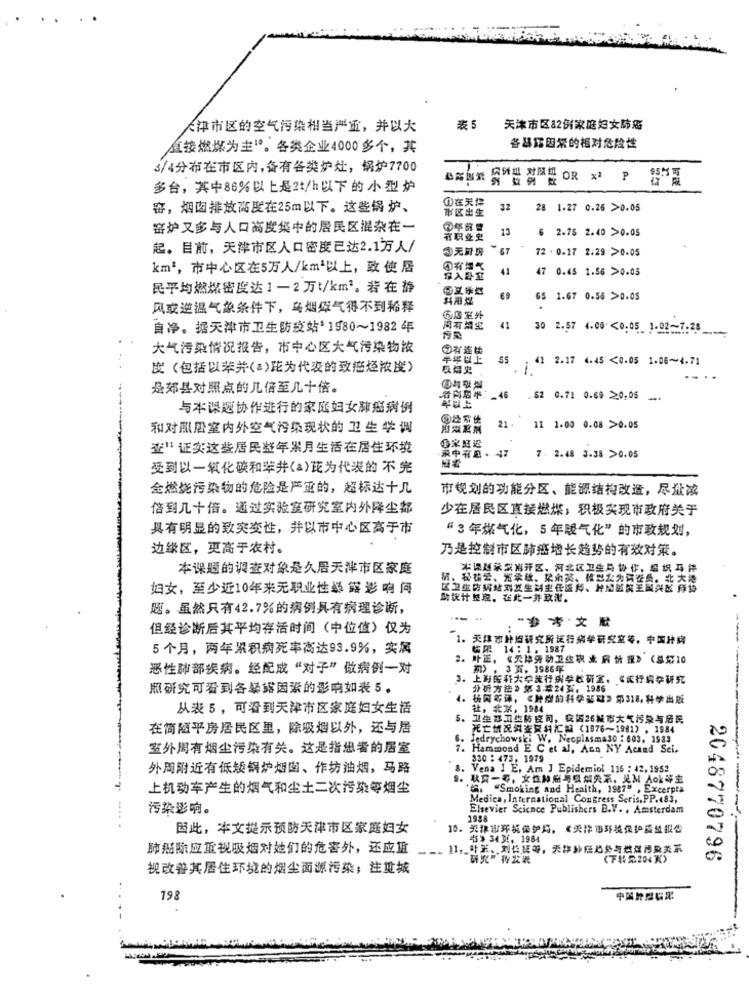
表5
大津市区的空气污染相当严重,并以大
天津市区82份家庭妇女肺癌
直接燃煤为主”。各类企业4000多个,其
各暴露因素的相对危险性
3/4分布在市区内,备有各类炉灶,锅炉7700
肉饼业 对限出 OR x P C版
多台,其中86%以上是2t/h以下的小型炉
1在天津
窑,烟囱排放高度在25m以下。这些锅 炉、
市区出生
32
28 1.27 0.26 >0.05
窑炉又多与人口高度集中的居民区混杂在一
13
2.75 2.40 >0.05
有职业史
起。目前,天津市区人口密度已达2.1万人/
5无牌坊
* 67
72 . 0.17 2.29 >0.05
km', 市中心区在5万人/km2以上,致使 居
4有烟气
41
47 0.45 1.56 >0.05
你入醫红
民平均燃煤密度达1-2万t/km2。若在静
中文学地
69
65 1.67 0.56 >0.05
风或逆温气象条件下,乌烟煤气得不到稀释
山店室外
自净。据天津市卫生防疫站’1980~1982年
周有烟火
41
30 2.57 4.00 <0.05. 1.02-7:25 ___
大气污染情况报告,市中心区大气污染物浓
半年以上
41 2.17 4.45 <0.05 1.06~4.71
度(包括以苯并(a)陀为代表的致癌烃浓度)
長烯史
是郊县对照点的几倍至几十倍。
看向期: 46
@与整篇
. $2 0.71 0.69 20.05 .
与本课题协作进行的家庭妇女肺癌病例
和对熙居室内外空气污染现状的卫生学调
出版腐剂
21.
11 1.00 0.08 >0.05
查” 证实这些居民整年累月生活在居住环境
海者
家中有點· - 47
7. 2.48 3.38 >0.05
交到以一氧化碳和苹井(a)芘为代表的不完
金燃烧污染物的危险是严重的,超标达十几
市规划的功能分区、能源结构改造,尽量减
倍到几十倍。通过实验室研究室内外降尘都
少在居民区直接燃煤,积极实现市政府关于
具有明显的致突变性,并以市中心区高于市
“3 年煤气化,5年暖气化”的市政规划,
边缘区,更高于农村。
乃是控制市区肺癌增长趋势的有效对策。
本课题的调查对象是久居天津市区家庭
本课题乐紫消开区、河北区卫生局 协作,组织巧停
精、秘书云、光柔统、紫金英、掉型化为评委员、北 大楼
妇女,至少近10年来无职业性暴露影响问
区卫生防螨结刘发生制主任医师、神屋試裝王国头& 序袋
助统计整理。在此一并政泥。
题。虽然只有42.7%的病例具有病理诊断,
但经诊断后其平均存活时间(中位值)仅为
“参考文献
1. 天津市种组研究所流行病学研究室等,中国持病
5 个月,两年累积病死率高达93.9%,实属
14 : 1. 1987
· 叶正,《天津劳动卫生积土前情 報》 (总第10
恶性肺部疾病。经配成“对子”似病例一对
期),3页,1986年
3. 上街医科大学流行病学教研室,《流行病学研究
照研究可看到各暴露因素的影响如表5.
分析方法》第3年24岁,1986
4. 6阅年译,《臉型的科学基础》 第318,科学出版
从表5,可看到天津市区家庭妇女生活
社,北京,1984
卫生部卫生防疫司,我国26城市大气污染与居民
在简陋平房居民区里,除吸烟以外,还与居
死亡情况科查資料汇箱 (1976-1981) , 1984
Jedrychowski W. Necplasmaso : 603, 1983
室外周有烟尘污染有关。这是指患者的居室
. Hammond E C et al, Ann NY Acand Sci.
320 : 473, 1979
外周附近有低矮锅炉烟囱、作坊油烟,马路
8. Vena 1 E, Am J Epidemiol 116 : 42.1953
9. 秋京一哥,女性肿瘤与吸烟关系,足M Aok等主
上机动车产生的烟气和尘土二次污染等烟尘
". "Smoking and Health, 1987" , Excerpta
Medica, International Congress Seris,PP.483,
污染影响。
Elsevier Science Publishers B.V. . Amsterdam
1988
因此,本文提示预防天津市区家庭妇女
10. 天津山环境保护局,《天津市环境保护质量报告
4> 343, 1984
肺癌除应重视吸烟对她们的危害外,还应重
11, 叶玉、刘长营等,天拌勤務局势与燃煤污染关系
研究”我发表
(FUR204 ))
2048770796
视改善其居住环境的烟尘面源污染;注重城
198
中国胎盤临床